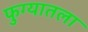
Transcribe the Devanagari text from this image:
फुग्यातला